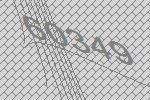
60349